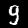
Label: 9